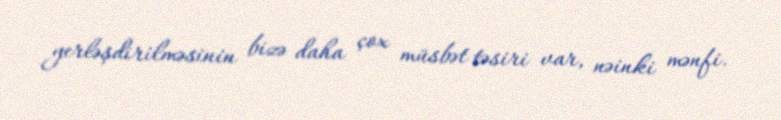
yerləşdirilməsinin bizə daha çox müsbət təsiri var, nəinki mənfi.